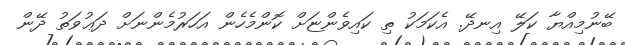
ބޭނުމިއްޔާ ކަލޭ އިނދޭ. އެކަމަކު ތި ކައިވެންޏަށް ކޮންމެހެން އަހަރުމެންނަށް ދަޢުވަތު ދޭން